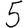
Digit: 5